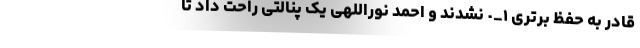
قادر به حفظ برتری ۱_٠ نشدند و احمد نوراللهی یک پنالتی راحت داد تا